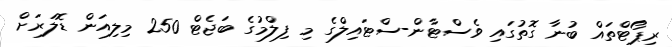
ރިޕޯޓްތައް ބުނާ ގޮތުގައި ވެސްޓާން-ސްޓައިލްގެ މި ފިލްމުގެ ބަޖެޓް 250 މިލިއަން ޑޮލަރަށް